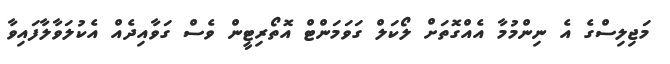
މަޖިލިސްގެ އެ ނިންމުމާ އެއްގޮތަށް ލޯކަލް ގަވަމަންޓް އޮތޯރިޓީން ވެސް ގަވާއިދެއް އެކުލަވާލާފައިވާ